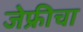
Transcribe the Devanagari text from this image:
जेफ्रीचा